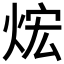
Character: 𤈻